Annual report on the Civil Veterinary Department, Burma (including the Insein Veterinary School) - 1910-1922
Year: 1910
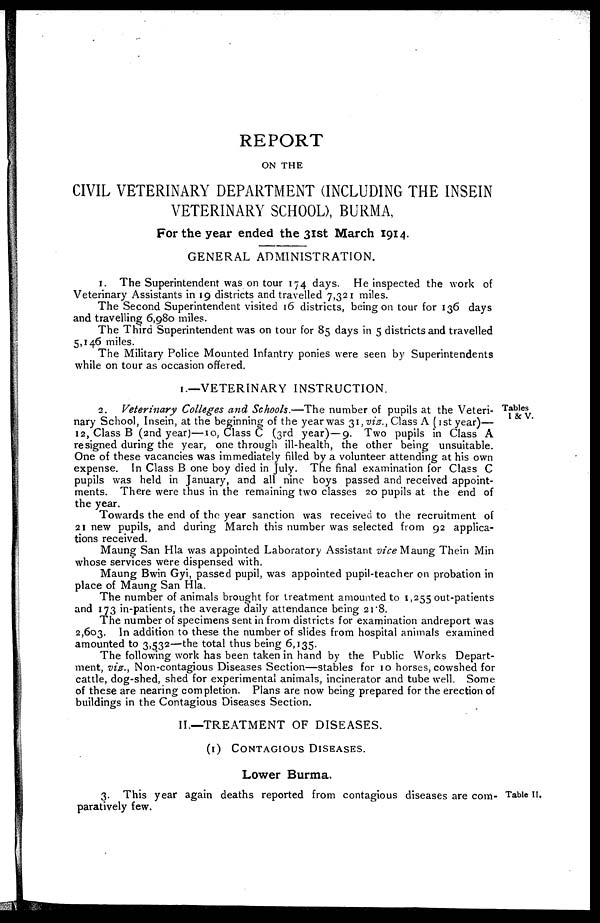
REPORT
ON THE
CIVIL VETERINARY DEPARTMENT (INCLUDING THE INSEIN
VETERINARY SCHOOL), BURMA,
For the year ended the 31st March 1914.
GENERAL ADMINISTRATION.
1. The Superintendent was on tour 174 days. He inspected the work of
Veterinary Assistants in 19 districts and travelled 7,321 miles.
The Second Superintendent visited 16 districts, being on tour for 136 days
and travelling 6,980 miles.
The Third Superintendent was on tour for 85 days in 5 districts and travelled
5,146 miles.
The Military Police Mounted Infantry ponies were seen by Superintendents
while on tour as occasion offered.
1.—VETERINARY INSTRUCTION.
Tables
I & V.
2. Veterinary Colleges and Schools.—The number of pupils at the Veteri-
nary School, Insein, at the beginning of the year was 31, viz., Class A (1st year)—
12, Class B (2nd year)—10, Class C (3rd year)—9. Two pupils in Class A
resigned during the year, one through ill-health, the other being unsuitable.
One of these vacancies was immediately filled by a volunteer attending at his own
expense. In Class B one boy died in July. The final examination for Class C
pupils was held in January, and all nine boys passed and received appoint-
ments. There were thus in the remaining two classes 20 pupils at the end of
the year.
Towards the end of the year sanction was received to the recruitment of
21 new pupils, and during March this number was selected from 92 applica-
tions received.
Maung San Hla was appointed Laboratory Assistant vice Maung Thein Min
whose services were dispensed with.
Maung Bwin Gyi, passed pupil, was appointed pupil-teacher on probation in
place of Maung San Hla.
The number of animals brought for treatment amounted to 1,255 out-patients
and 173 in-patients, the average daily attendance being 21.8.
The number of specimens sent in from districts for examination andreport was
2,603. In addition to these the number of slides from hospital animals examined
amounted to 3,532—the total thus being 6,135.
The following work has been taken in hand by the Public Works Depart-
ment, viz., Non-contagious Diseases Section—stables for 10 horses, cowshed for
cattle, dog-shed, shed for experimental animals, incinerator and tube well. Some
of these are nearing completion. Plans are now being prepared for the erection of
buildings in the Contagious Diseases Section.
II.—TREATMENT OF DISEASES.
(1) CONTAGIOUS DISEASES.
Lower Burma.
Table II.
3. This year again deaths reported from contagious diseases are com-
paratively few.